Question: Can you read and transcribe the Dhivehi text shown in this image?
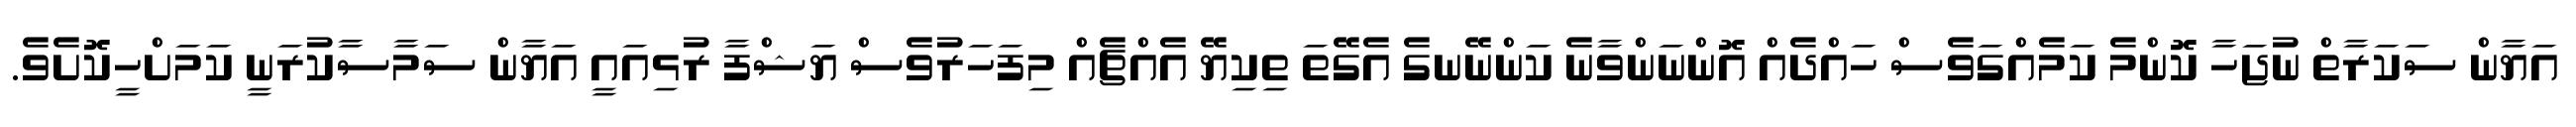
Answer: އަޔާން ސަކަރާތް ނުޖަހާ ކޮންމެ ކަމެއްގަވެސް ހައްދެއް އޮންނަންވާނެ ކަންނޭނގެ އެގޭތަ ތިކިޔޭ އެއްޗެއް މިފަހަރުވެސް ޔަޝްފާ ރުޅިއައީ އަޔާން ސަމާސާކުރަނީ ކަމަށްހީކޮށެވެ.